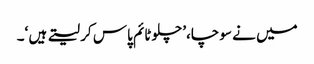
میں نے سوچا،’ چلوٹائم پاس کر لیتے ہیں ‘۔